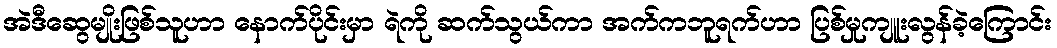
အဲဒီဆွေမျိုးဖြစ်သူဟာ နောက်ပိုင်းမှာ ရဲကို ဆက်သွယ်ကာ အက်ကဘူရက်ဟာ ပြစ်မှုကျူးလွန်ခဲ့ကြောင်း